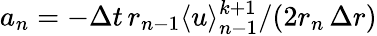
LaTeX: a_{n}=-\Delta t\, r_{n-1}\langle u\rangle_{n-1}^{k+1}/(2r_{n}\, \Delta r)